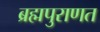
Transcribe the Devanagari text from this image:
ब्रह्मपुराणत